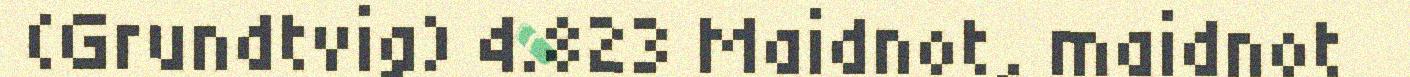
(Grundtvig) 4.823 Maidnot, maidnot